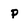
Character: p